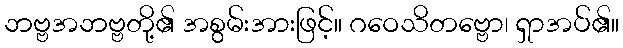
ဘဗ္ဗအဘဗ္ဗတို့၏ အစွမ်းအားဖြင့်။ ဂဝေသိတဗ္ဗော၊ ရှာအပ်၏။